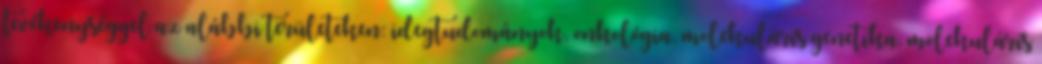
tevékenységgel az alábbi területeken: idegtudományok, onkológia, molekuláris genetika, molekuláris